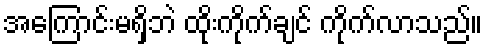
အကြောင်းမရှိဘဲ ထိုးကိုက်ချင် ကိုက်လာသည်။